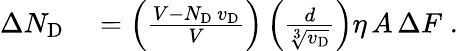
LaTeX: \begin{array}{rl}{\Delta N_{\mathrm{D}}}&{{}=\left(\frac{V-N_{\mathrm{D}}\, v_{\mathrm{D}}}{V}\right)\left(\frac{d}{\sqrt[3]{v_{\mathrm{D}}}}\right)\eta\, A\, \Delta F\; .}\end{array}